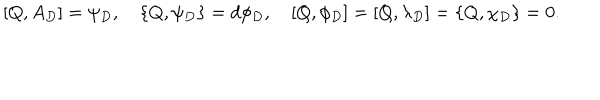
[ Q , A _ { D } ] = \psi _ { D } , \quad \{ Q , \psi _ { D } \} = d \phi _ { D } , \quad [ Q , \phi _ { D } ] = [ Q , \lambda _ { D } ] = \{ Q , \chi _ { D } \} = 0 .